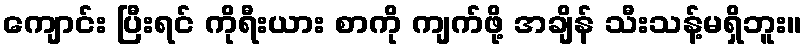
ကျောင်း ပြီးရင် ကိုရီးယား စာကို ကျက်ဖို့ အချိန် သီးသန့်မရှိဘူး။